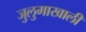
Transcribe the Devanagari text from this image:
जुलुमाखाली